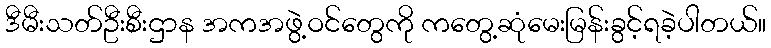
ဒီမီးသတ်ဦးစီးဌာန အကအဖွဲ့ဝင်တွေကို ကတွေ့ဆုံမေးမြန်းခွင့်ရခဲ့ပါတယ်။